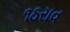
૧ઠરાવ